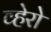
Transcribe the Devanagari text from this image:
व्हेरो